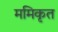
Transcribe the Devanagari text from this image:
ममिकृत